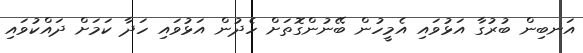
އަނބިން ބުރުގާ އަޅުވައި އެމީހުން ބޭނުންގޮތަށް ހެދުން އަޅުވައި ހަދާ ކަމަށް ދައްކުވައި